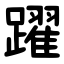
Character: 躍